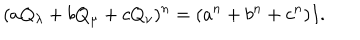
LaTeX: ( a Q _ { \lambda } + b Q _ { \mu } + c Q _ { \nu } ) ^ { n } = ( a ^ { n } + b ^ { n } + c ^ { n } ) I .